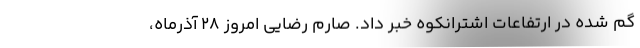
گم شده در ارتفاعات اشترانکوه خبر داد. صارم رضایی امروز ۲۸ آذرماه،